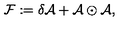
{ \cal F } : = \delta { \cal A } + { \cal A } \odot { \cal A } ,